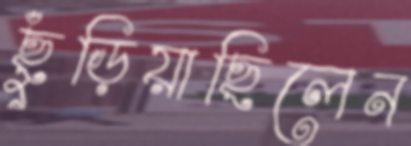
ছুঁড়িয়াছিলেন